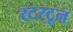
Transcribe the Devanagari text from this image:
रटरटून